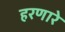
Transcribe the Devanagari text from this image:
हरणारे